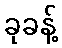
ခုခန့်